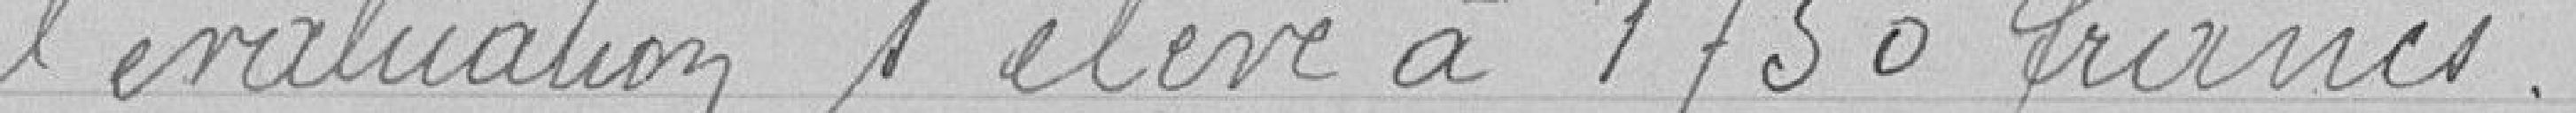
l’évaluation s'élève à 1750 francs.